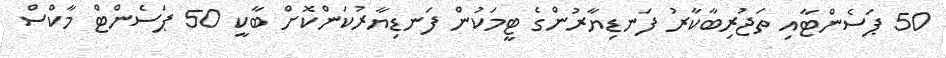
50 ޕަސެންޓާއި ތަޖުރިބާކާރު ފަނޑިޔާރުންގެ ޓީމަކުން ފަނޑިޔާރުކަންކޮށް ބާކީ 50 ޕަސެންޓް މާކްސް